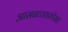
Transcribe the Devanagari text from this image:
आसनव्यवस्थेसह